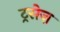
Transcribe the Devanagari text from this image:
ट्रसेज़